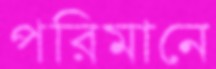
পরিমানে